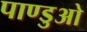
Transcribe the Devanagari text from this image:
पाण्डुओ